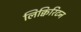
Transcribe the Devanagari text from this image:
लिक्विरिटन